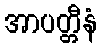
အာပတ္တီနံ